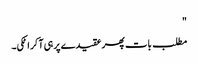
"
مطلب بات پھر عقیدے پر ہی آ کر اٹکی۔